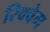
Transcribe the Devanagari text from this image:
रिक्वेम